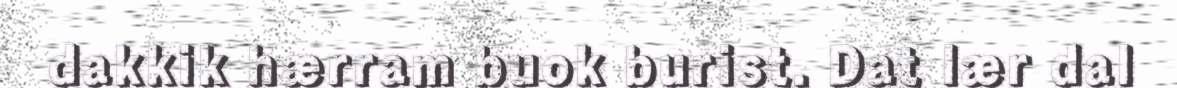
dakkik hærram buok burist. Dat lær dal